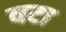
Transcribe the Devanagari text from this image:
वटा